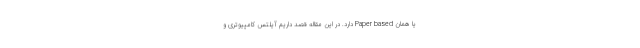
یا همان Paper based دارد. در این مقاله قصد داریم آیلتس کامپیوتری و